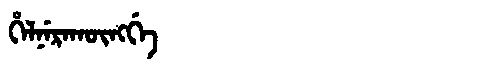
Manchu: ᡥᡝᠯᠨᡝᡵᠠᡴᡡᠩᡤᡝ
Romanization: HELNERAKŪNGGE